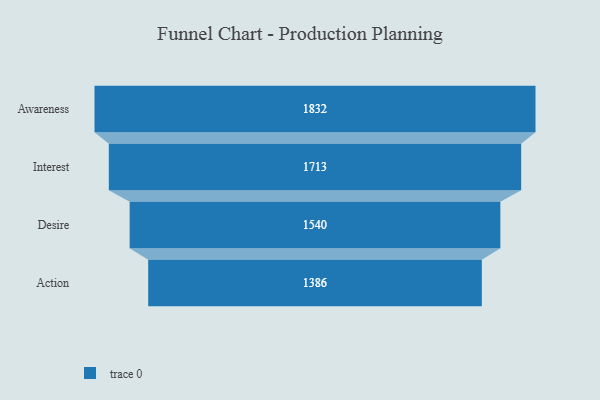
{"axis": {"x": "Stage", "y": "Value"}, "legend": [""], "data": [{"x": "Awareness", "y": 1832.0, "type": ""}, {"x": "Interest", "y": 1713.0, "type": ""}, {"x": "Desire", "y": 1540.0, "type": ""}, {"x": "Action", "y": 1386.0, "type": ""}]}